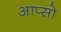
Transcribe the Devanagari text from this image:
आप्सो